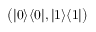
{ \big ( } | 0 \rangle \langle 0 | , | 1 \rangle \langle 1 | { \big ) }